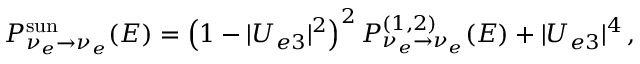
P _ { \nu _ { e } \to \nu _ { e } } ^ { \mathrm { s u n } } ( E ) = \left( 1 - | U _ { e 3 } | ^ { 2 } \right) ^ { 2 } P _ { \nu _ { e } \to \nu _ { e } } ^ { ( 1 , 2 ) } ( E ) + | U _ { e 3 } | ^ { 4 } \, ,